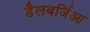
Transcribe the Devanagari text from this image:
डैलबर्जिआ